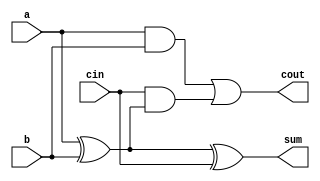
// This program was cloned from: https://github.com/Aryavardhan37/Verilog_codes
// License: MIT License

module full_adder(a, b, cin,sum, cout);
	input a,b,cin;
	output sum,cout;
   	assign sum = a ^ b ^ cin;
   	assign cout = (a & b) | (cin & (a ^ b));
endmodule